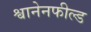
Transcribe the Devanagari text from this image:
श्वानेनफील्ड